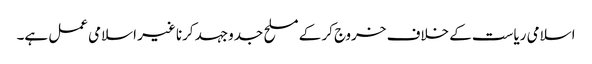
اسلامی ریاست کے خلاف خروج کر کے مسلح جدوجہد کرنا غیر اسلامی عمل ہے۔